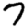
Digit: 7